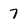
Character: 7